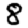
Digit: 8